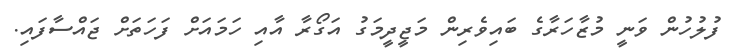
ފުލުހުން ވަނީ މުޒާހަރާގެ ބައިވެރިން މަޖީދީމަގު އަގޯރާ އާއި ހަމައަށް ފަހަތަށް ޖައްސާފައި.